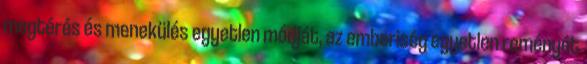
megtérés és menekülés egyetlen módját, az emberiség egyetlen reményét